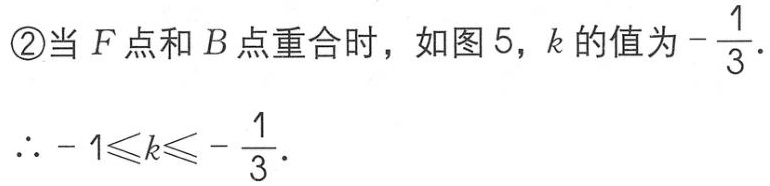
\textcircled{2}当\(F\)点和\(B\)点重合时，如图5，\(k\)的值为\(-\frac{1}{3}\).
\(\therefore - 1\leqslant k\leqslant -\frac{1}{3}\).